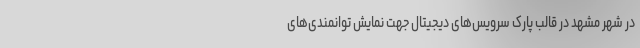
در شهر مشهد در قالب پارک سرویس‌های دیجیتال جهت نمایش توانمندی‌های